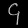
Digit: ၄